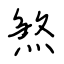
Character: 煞